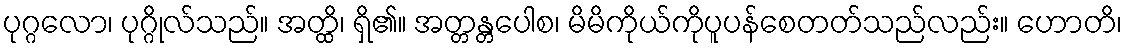
ပုဂ္ဂလော၊ ပုဂ္ဂိုလ်သည်။ အတ္ထိ၊ ရှိ၏။ အတ္တန္တပေါစ၊ မိမိကိုယ်ကိုပူပန်စေတတ်သည်လည်း။ ဟောတိ၊